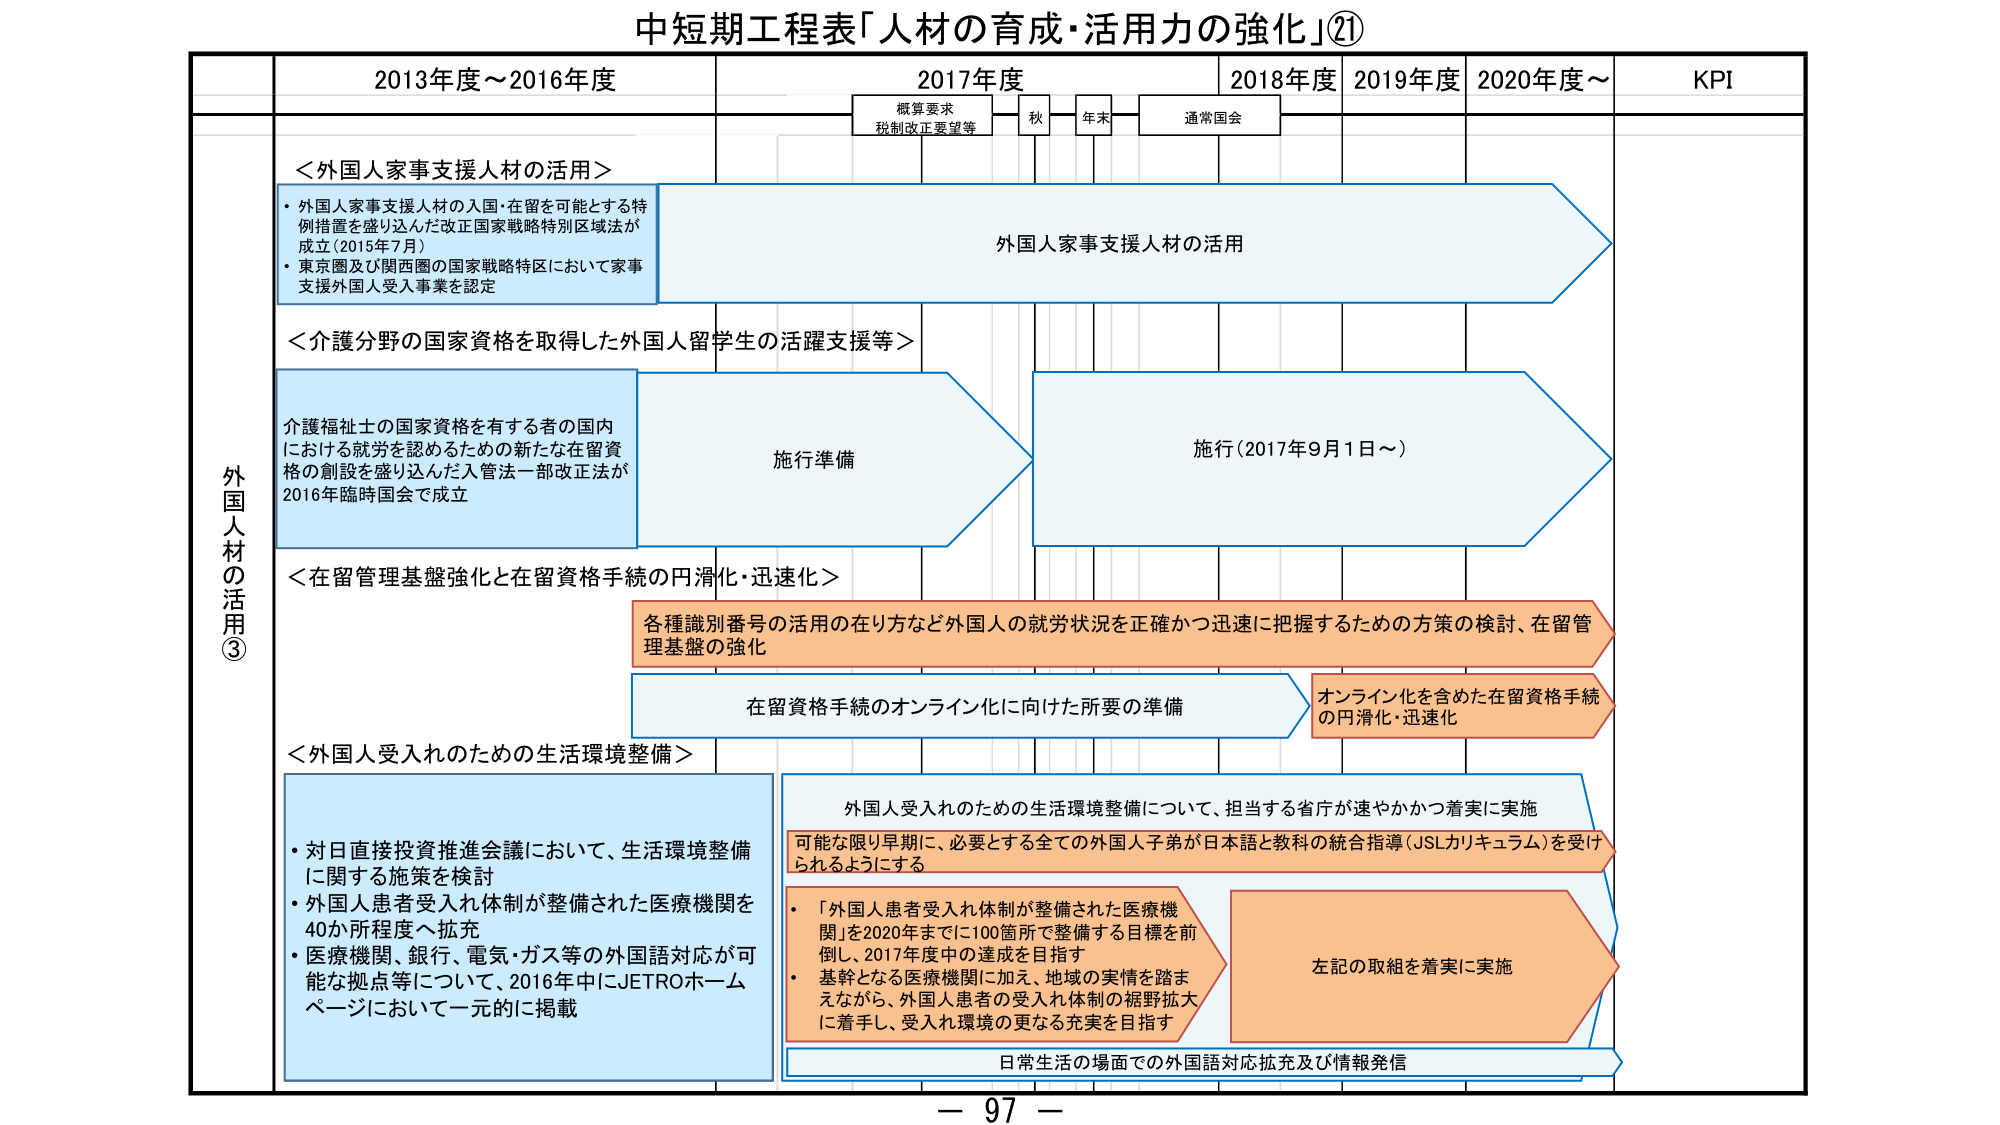
中短期工程表「人材の育成・活用力の強化」②①

2013年度～2016年度
2017年度
2018年度
2019年度
2020年度～
KPI

概算要求
税制改正要望等
秋
年末
通常国会

外国人材の活用③

＜外国人家事支援人材の活用＞
・外国人家事支援人材の入国・在留を可能とする特例措置を盛り込んだ改正国家戦略特別区域法が成立（2015年7月）
・東京圏及び関西圏の国家戦略特区において家事支援外国人受入事業を認定

外国人家事支援人材の活用

＜介護分野の国家資格を取得した外国人留学生の活躍支援等＞
介護福祉士の国家資格を有する者の国内における就労を認めるための新たな在留資格の創設を盛り込んだ入管法一部改正法が2016年臨時国会で成立

施行準備

施行（2017年9月1日～）

＜在留管理基盤強化と在留資格手続の円滑化・迅速化＞
各種識別番号の活用の在り方など外国人の就労状況を正確かつ迅速に把握するための方策の検討、在留管理基盤の強化

在留資格手続のオンライン化に向けた所要の準備

オンライン化を含めた在留資格手続の円滑化・迅速化

＜外国人受入れのための生活環境整備＞
・対日直接投資推進会議において、生活環境整備に関する施策を検討
・外国人患者受入れ体制が整備された医療機関を40か所程度へ拡充
・医療機関、銀行、電気・ガス等の外国語対応が可能な拠点等について、2016年中にJETROホームページにおいて一元的に掲載

外国人受入れのための生活環境整備について、担当する省庁が速やかかつ着実に実施

可能な限り早期に、必要とする全ての外国人子弟が日本語と教科の統合指導（JSLカリキュラム）を受けられるようにする

・「外国人患者受入れ体制が整備された医療機関」を2020年までに100箇所で整備する目標を前倒し、2017年度中の達成を目指す
・基幹となる医療機関に加え、地域の実情を踏まえながら、外国人患者の受入れ体制の裾野拡大に着手し、受入れ環境の更なる充実を目指す

左記の取組を着実に実施

日常生活の場面での外国語対応拡充及び情報発信

－ 97 －